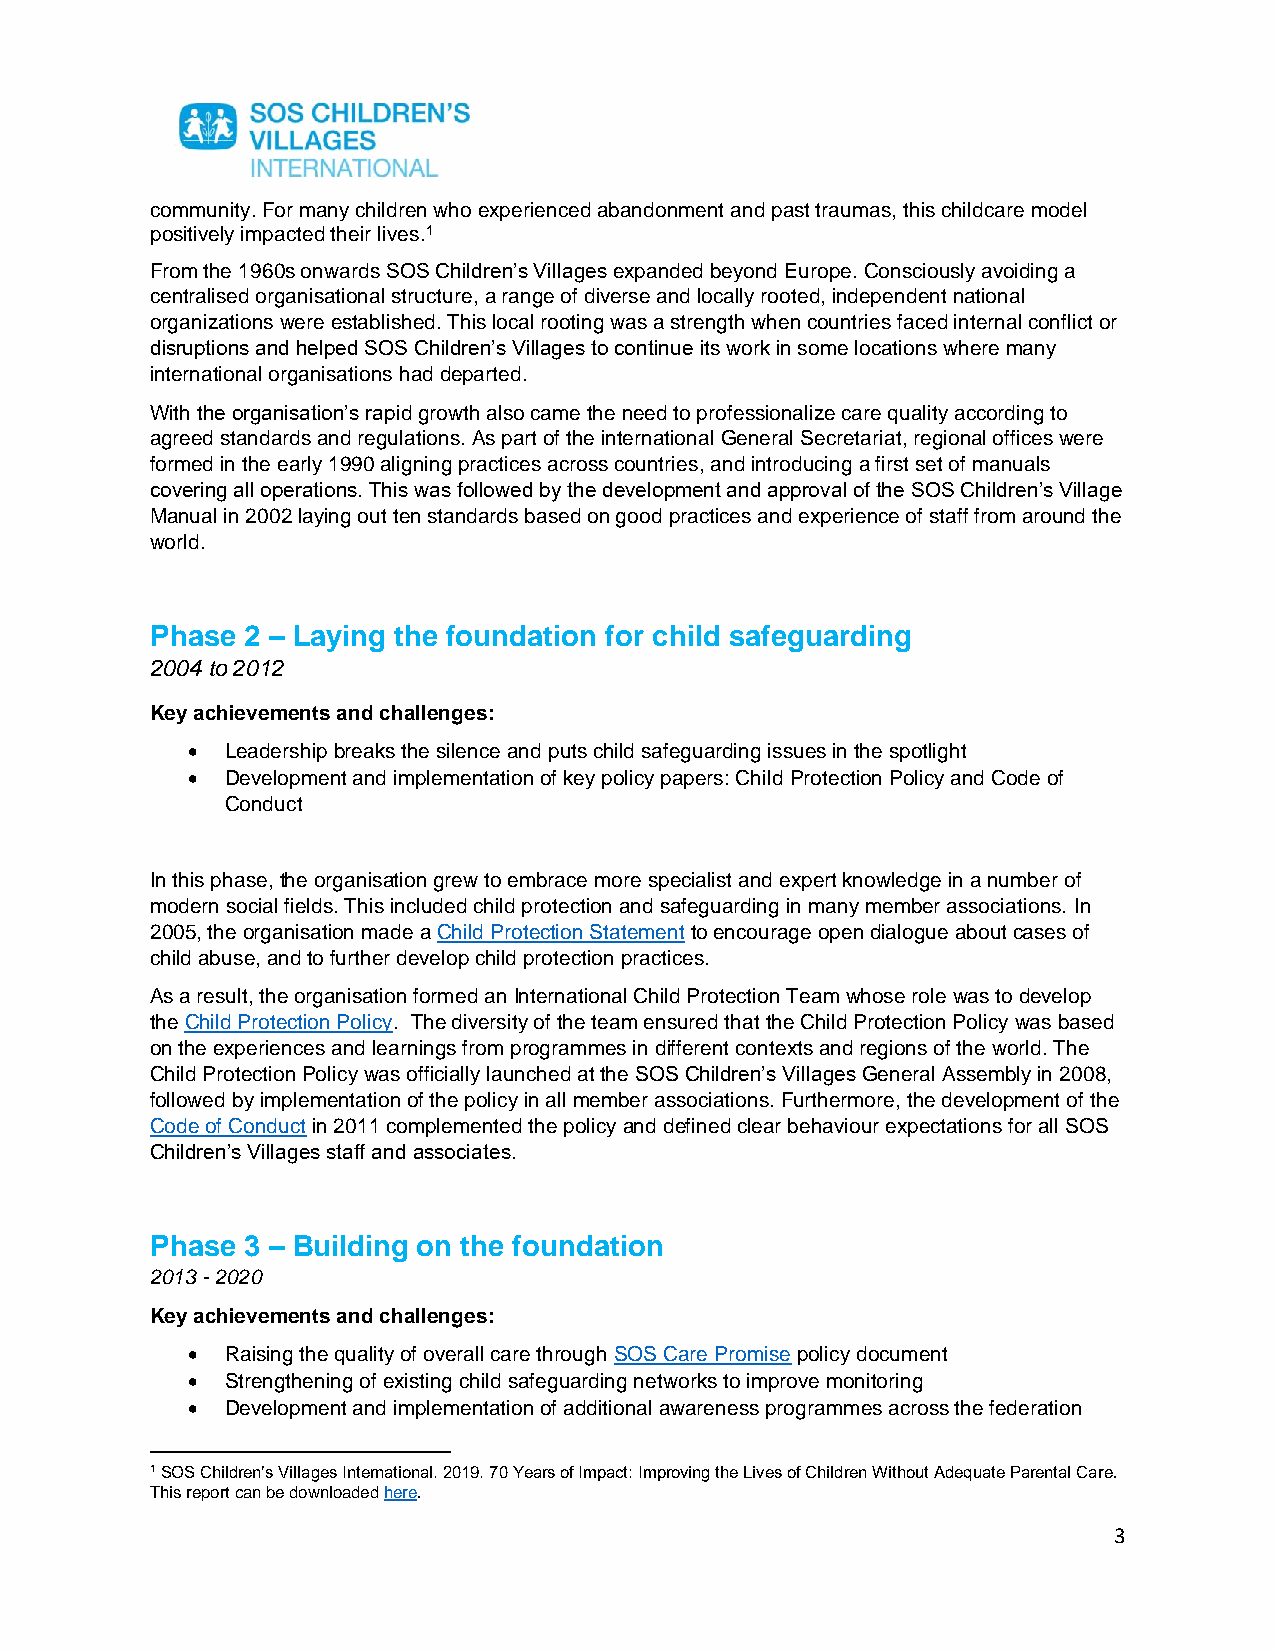
community. For many children who experienced abandonment and past traumas, this childcare model
 positively impacted their lives.1
 From the 1960s onwards SOS Children’s Villages expanded beyond Europe. Consciously avoiding a
 centralised organisational structure, a range of diverse and locally rooted, independent national
 organizations were established. This local rooting was a strength when countries faced internal conflict or
 disruptions and helped SOS Children’s Villages to continue its work in some locations where many
 international organisations had departed.
 With the organisation’s rapid growth also came the need to professionalize care quality according to
 agreed standards and regulations. As part of the international General Secretariat, regional offices were
 formed in the early 1990 aligning practices across countries, and introducing a first set of manuals
 covering all operations. This was followed by the development and approval of the SOS Children’s Village
 Manual in 2002 laying out ten standards based on good practices and experience of staff from around the
 world.
 Phase 2 – Laying the foundation for child safeguarding
 2004 to 2012
 Key achievements and challenges:
 •  Leadership breaks the silence and puts child safeguarding issues in the spotlight
 •  Development and implementation of key policy papers: Child Protection Policy and Code of
 Conduct
 In this phase, the organisation grew to embrace more specialist and expert knowledge in a number of
 modern social fields. This included child protection and safeguarding in many member associations. In
 2005, the organisation made a Child Protection Statement to encourage open dialogue about cases of
 child abuse, and to further develop child protection practices.
 As a result, the organisation formed an International Child Protection Team whose role was to develop
 the Child Protection Policy. The diversity of the team ensured that the Child Protection Policy was based
 on the experiences and learnings from programmes in different contexts and regions of the world. The
 Child Protection Policy was officially launched at the SOS Children’s Villages General Assembly in 2008,
 followed by implementation of the policy in all member associations. Furthermore, the development of the
 Code of Conduct in 2011 complemented the policy and defined clear behaviour expectations for all SOS
 Children’s Villages staff and associates.
 Phase 3 – Building on the foundation
 2013 - 2020
 Key achievements and challenges:
 •  Raising the quality of overall care through SOS Care Promise policy document
 •  Strengthening of existing child safeguarding networks to improve monitoring
 •  Development and implementation of additional awareness programmes across the federation
 1 SOS Children’s Villages International. 2019. 70 Years of Impact: Improving the Lives of Children Without Adequate Parental Care.
 This report can be downloaded here.
 3